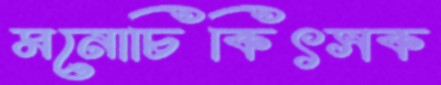
মনোচিকিৎসক